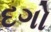
દગો